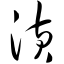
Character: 潢